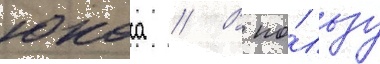
юкоса // В по́льзу